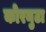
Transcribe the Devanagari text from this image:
कोरनुटा